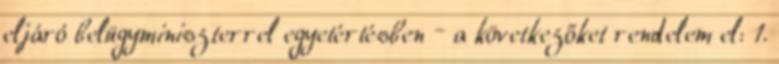
eljáró belügyminiszterrel egyetértésben – a következőket rendelem el: 1.